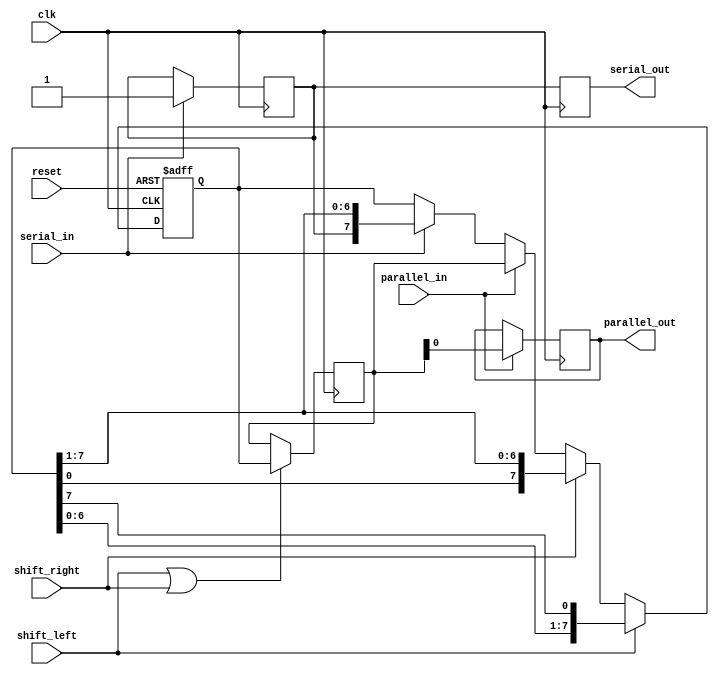
module universal_shift_register(
    input wire clk,
    input wire reset,
    input wire shift_left,
    input wire shift_right,
    input wire parallel_in,
    input wire serial_in,
    output wire parallel_out,
    output wire serial_out
);

reg [7:0] data;
reg [7:0] parallel_out_reg;
reg serial_out_reg;

always @(posedge clk or posedge reset) begin
    if (reset) begin
        data <= 8'b00000000;
    end else begin
        if (shift_left) begin
            data <= {data[6:0], data[7]};
        end else if (shift_right) begin
            data <= {data[0], data[7:1]};
        end else if (parallel_in) begin
            data <= parallel_out_reg;
        end else if (serial_in) begin
            data <= {serial_out_reg, data[7:1]};
        end
    end
end

always @(posedge clk) begin
    if (shift_left || shift_right) begin
        parallel_out_reg <= data;
    end
    if (parallel_in) begin
        parallel_out <= parallel_out_reg;
    end
    if (serial_in) begin
        serial_out_reg <= serial_in;
    end
    serial_out <= serial_out_reg;
end

endmodule